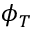
\phi _ { T }